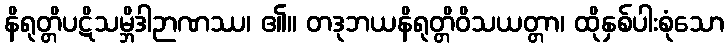
နိရုတ္တိပဋိသမ္ဘိဒါဉာဏဿ၊ ၏။ တဒုဘယနိရုတ္တိဝိသယတ္တာ၊ ထိုနှစ်ပါးစုံသော